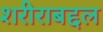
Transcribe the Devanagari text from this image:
शरीराबद्दल